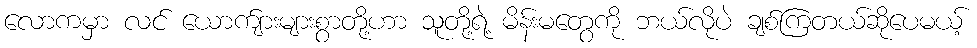
လောကမှာ လင် ယောက်ျားများစွာတို့ဟာ သူတို့ရဲ့ မိန်းမတွေကို ဘယ်လိုပဲ ချစ်ကြတယ်ဆိုပေမယ့်